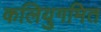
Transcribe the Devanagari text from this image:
कलियुगमित